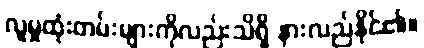
လူမှုထုံးတမ်းများကိုလည်းသိရှိ နားလည်နိုင်၏။